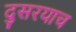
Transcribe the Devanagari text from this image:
दुसरयाच